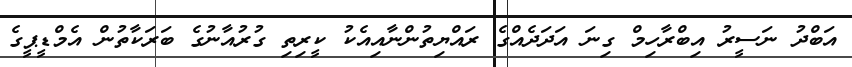
އަބްދު ނަސީރު އިބްރާހިމް ގިނަ އަދަދެއްގެ ރައްޔިތުންނާއިއެކު ކީރިތި ގުރުއާނުގެ ބަރަކާތުން އެމްޑީޕީގެ